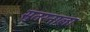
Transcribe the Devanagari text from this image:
सुतरनाला